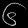
Digit: ၆